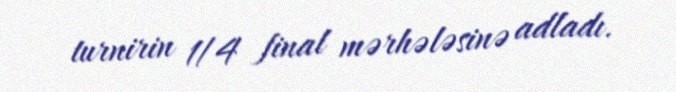
turnirin 1/4 final mərhələsinə adladı.